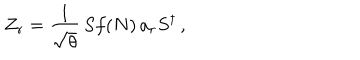
Z _ { r } = \frac { 1 } { \sqrt { \theta } } \, S f ( N ) \, a _ { r } S ^ { \dagger } \, ,